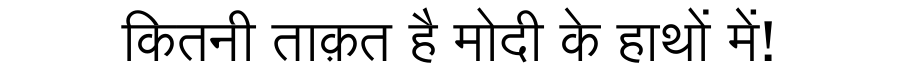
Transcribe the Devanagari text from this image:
कितनी ताक़त है मोदी के हाथों में!